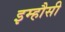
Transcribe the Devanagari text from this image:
इम्हौसी